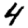
Digit: 4